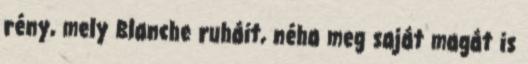
rény, mely Blanche ruháit, néha meg saját magát is